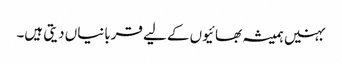
بہنیں ہمیشہ بھائیوں کے لیے قربانیاں دیتی ہیں۔